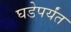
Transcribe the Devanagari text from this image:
घडेपर्यंत